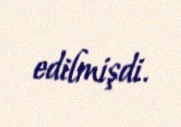
edilmişdi.